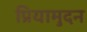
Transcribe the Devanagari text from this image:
प्रियामुदन